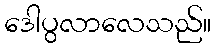
ဒေါပွလာလေသည်။